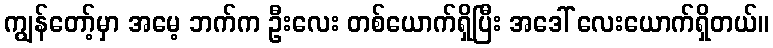
ကျွန်တော့်မှာ အမေ့ ဘက်က ဦးလေး တစ်ယောက်ရှိပြီး အဒေါ် လေးယောက်ရှိတယ်။